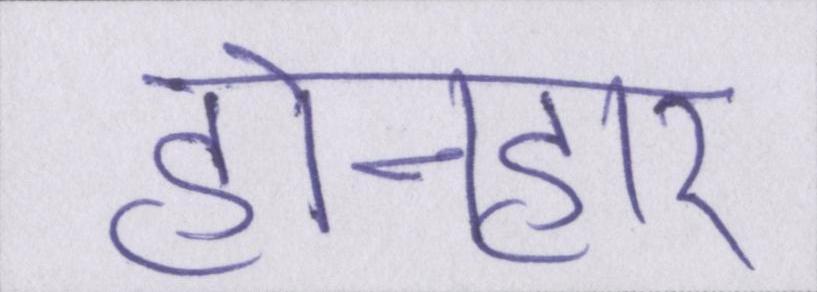
होनहार